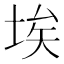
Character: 埃